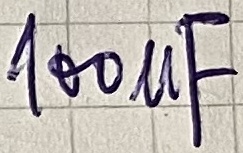
Text: 100µF